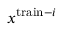
x ^ { \mathrm { t r a i n } - i }